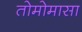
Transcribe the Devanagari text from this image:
तोमोमासा